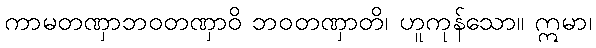
ကာမတဏှာဘဝတဏှာဝိ ဘဝတဏှာတိ၊ ဟူကုန်သော။ ဣမာ၊